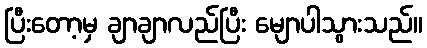
ပြီးတော့မှ ချာချာလည်ပြီး မျောပါသွားသည်။